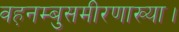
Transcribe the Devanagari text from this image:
वह़नम्‍बुसमीरणाख्‍या।